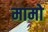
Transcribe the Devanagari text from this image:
मामो